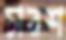
চারশ